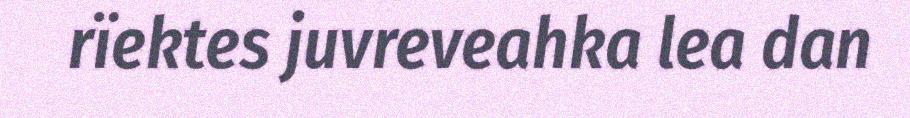
rïektes juvreveahka lea dan